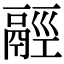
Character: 𩰹